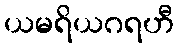
ယမရိယဂရဟီ